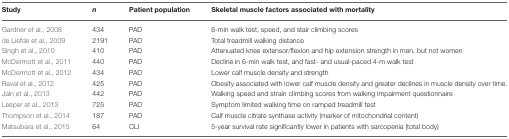
<table><thead><tr><td><b>Study</b></td><td><b><i>n</i></b></td><td><b>Patient population</b></td><td><b>Skeletal muscle factors associated with mortality</b></td></tr></thead><tbody><tr><td>Gardner et al., 2008</td><td>434</td><td>PAD</td><td>6-min walk test, speed, and stair climbing scores</td></tr><tr><td>de Liefde et al., 2009</td><td>2191</td><td>PAD</td><td>Total treadmill walking distance</td></tr><tr><td>Singh et al., 2010</td><td>410</td><td>PAD</td><td>Attenuated knee extensor/flexion and hip extension strength in men, but not women</td></tr><tr><td>McDermott et al., 2011</td><td>440</td><td>PAD</td><td>Decline in 6-min walk test, and fast- and usual-paced 4-m walk test</td></tr><tr><td>McDermott et al., 2012</td><td>434</td><td>PAD</td><td>Lower calf muscle density and strength</td></tr><tr><td>Raval et al., 2012</td><td>425</td><td>PAD</td><td>Obesity associated with lower calf muscle density and greater declines in muscle density over time.</td></tr><tr><td>Jain et al., 2013</td><td>442</td><td>PAD</td><td>Walking speed and strain climbing scores from walking impairment questionnaire</td></tr><tr><td>Leeper et al., 2013</td><td>725</td><td>PAD</td><td>Symptom limited walking time on ramped treadmill test</td></tr><tr><td>Thompson et al., 2014</td><td>187</td><td>PAD</td><td>Calf muscle citrate synthase activity (marker of mitochondrial content)</td></tr><tr><td>Matsubara et al., 2015</td><td>64</td><td>CLI</td><td>5-year survival rate significantly lower in patients with sarcopenia (total body)</td></tr></tbody></table>